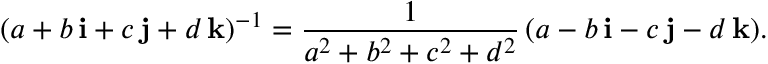
( a + b \, \mathbf { i } + c \, \mathbf { j } + d \, \mathbf { k } ) ^ { - 1 } = { \frac { 1 } { a ^ { 2 } + b ^ { 2 } + c ^ { 2 } + d ^ { 2 } } } \, ( a - b \, \mathbf { i } - c \, \mathbf { j } - d \, \mathbf { k } ) .